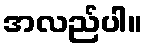
အလည်ပါ။